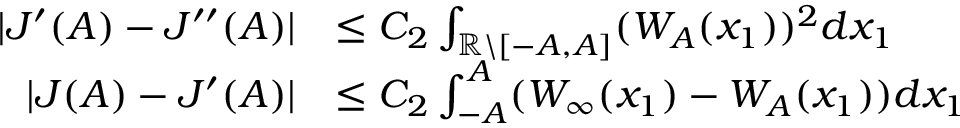
\begin{array} { r l } { | J ^ { \prime } ( A ) - J ^ { \prime \prime } ( A ) | } & { \leq C _ { 2 } \int _ { \mathbb { R } \backslash [ - A , A ] } ( W _ { A } ( x _ { 1 } ) ) ^ { 2 } d x _ { 1 } } \\ { | J ( A ) - J ^ { \prime } ( A ) | } & { \leq C _ { 2 } \int _ { - A } ^ { A } ( W _ { \infty } ( x _ { 1 } ) - W _ { A } ( x _ { 1 } ) ) d x _ { 1 } } \end{array}